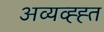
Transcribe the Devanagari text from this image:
अव्यव्ह्ह्त